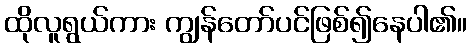
ထိုလူရွယ်ကား ကျွန်တော်ပင်ဖြစ်၍နေပါ၏။